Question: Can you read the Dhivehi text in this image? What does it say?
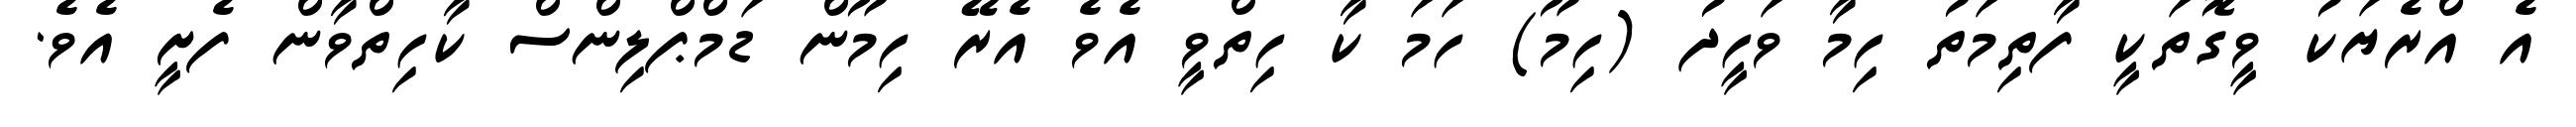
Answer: އެ އްރެޔަކު ވީގޮތަކީ ފާތިމަތު ހިމާ ވަހީދު (ހިމޫ) ހަމަ ކާ ހިތްވީ އެވެ އެރޭ ހިމޫން ޑަމްޕްލިންސް ކާހިތްވާން ފެށީ އެވެ.